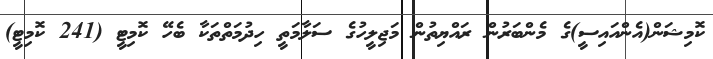
ކޮމިޝަން(އެންއައިސީ)ގެ މެންބަރުން ރައްޔިތުން މަޖިލީހުގެ ސަލާމަތީ ހިދުމަތްތަކާ ބެހޭ ކޮމިޓީ (241 ކޮމިޓީ)